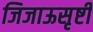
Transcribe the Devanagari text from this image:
जिजाऊसृष्टी